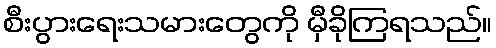
စီးပွားရေးသမားတွေကို မှီခိုကြရသည်။